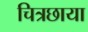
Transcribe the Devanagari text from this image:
चित्रछाया